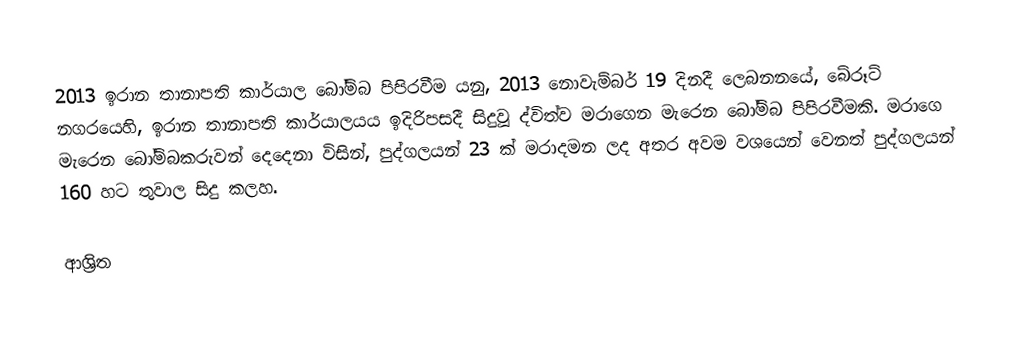
2013 ඉරාන තානාපති කාර්යාල බෝම්බ පිපිරවීම යනු, 2013 නොවැම්බර් 19 දිනදී ලෙබනනයේ, බේරූට් නගරයෙහි, ඉරාන තානාපති කාර්යාලයය ඉදිරිපසදී සිදුවූ ද්විත්ව මරාගෙන මැරෙන බෝම්බ පිපිරවීමකි. මරාගෙ මැරෙන බෝම්බකරුවන් දෙදෙනා විසින්, පුද්ගලයන් 23 ක් මරාදමන ලද අතර අවම වශයෙන් වෙනත් පුද්ගලයන් 160 හට තුවාල සිදු කලහ.

ආශ්‍රිත